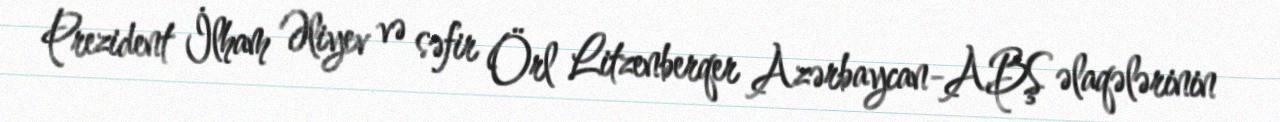
Prezident İlham Əliyev və səfir Örl Litzenberqer Azərbaycan-ABŞ əlaqələrinin